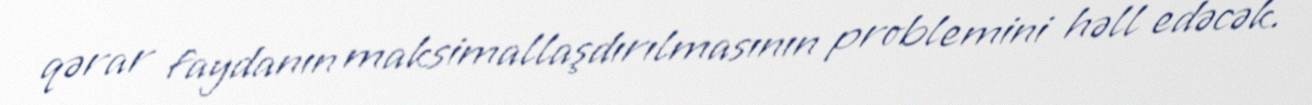
qərar faydanın maksimallaşdırılmasının problemini həll edəcək.